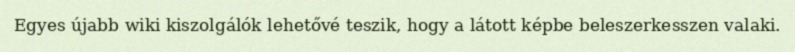
Egyes újabb wiki kiszolgálók lehetővé teszik, hogy a látott képbe beleszerkesszen valaki.